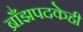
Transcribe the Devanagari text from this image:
ब्राँझपदकेही